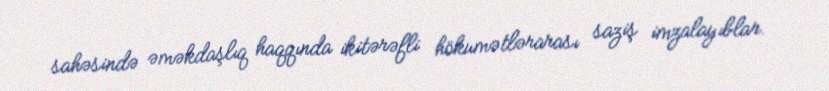
sahəsində əməkdaşlıq haqqında ikitərəfli hökumətlərarası saziş imzalayıblar.